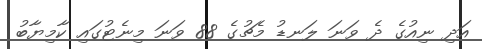
އަދި ނިއުގެ ދެ ވަނަ ލަނޑު މެޗުގެ 88 ވަނަ މިނެޓުގައި ކާމިޔާބު